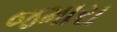
જમારા